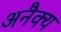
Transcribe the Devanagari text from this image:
अनैक्य